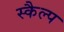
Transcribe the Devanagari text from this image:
स्कैल्प